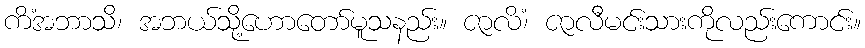
ကိံအဘာသိ၊ အဘယ်သို့ဟောတော်မူသနည်း။ ဇာလိံ၊ ဇာလီမင်းသားကိုလည်းကောင်း။